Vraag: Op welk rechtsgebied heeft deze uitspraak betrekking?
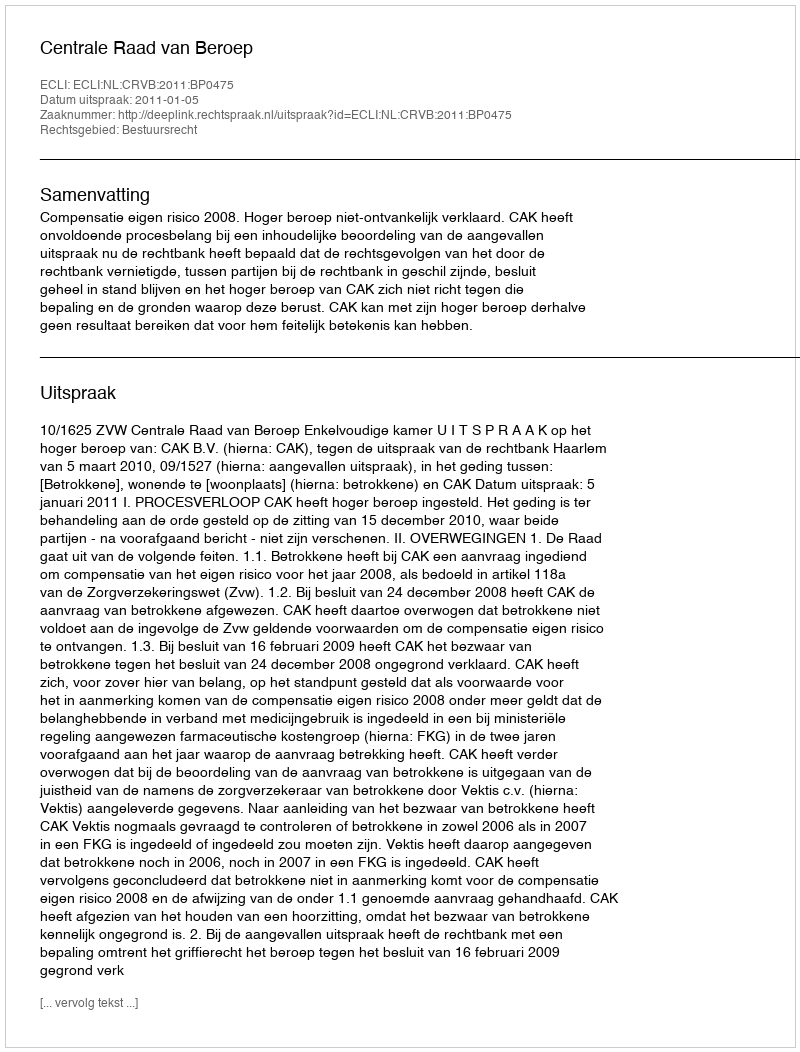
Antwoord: Bestuursrecht